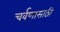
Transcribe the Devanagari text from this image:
चर्वणासाठी